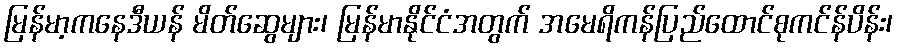
မြန်မာ့ကနေဒီယန် မိတ်ဆွေများ၊ မြန်မာနိုင်ငံအတွက် အမေရိကန်ပြည်ထောင်စုကင်န်ပိန်း၊